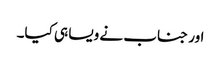
اور جناب نے ویسا ہی کیا۔